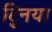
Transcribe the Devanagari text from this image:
दुिनया